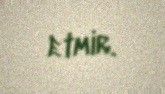
etmir.